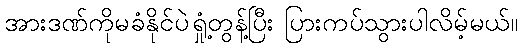
အားဒဏ်ကိုမခံနိုင်ပဲရှုံ့တွန့်ပြီး ပြားကပ်သွားပါလိမ့်မယ်။